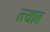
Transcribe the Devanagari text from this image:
त्त्यात